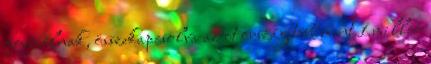
formálnak, összekapcsolva az öt ország több mint 1 millió